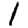
Digit: 1